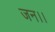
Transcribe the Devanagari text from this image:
जन।।